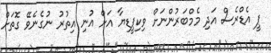
ޕީ އެޑްރެސް އަދި މެމްބަރުންނަށް ވިކިޕީޑިޔާ އަށް އުނި އިތުރު ނުގެނެވޭ ގޮތަށް